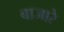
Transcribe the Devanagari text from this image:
बाजारे